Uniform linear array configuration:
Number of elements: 12
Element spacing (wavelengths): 0.25
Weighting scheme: binomial
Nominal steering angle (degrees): -15
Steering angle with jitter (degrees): -16.156
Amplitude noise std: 0.05
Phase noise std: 0.05

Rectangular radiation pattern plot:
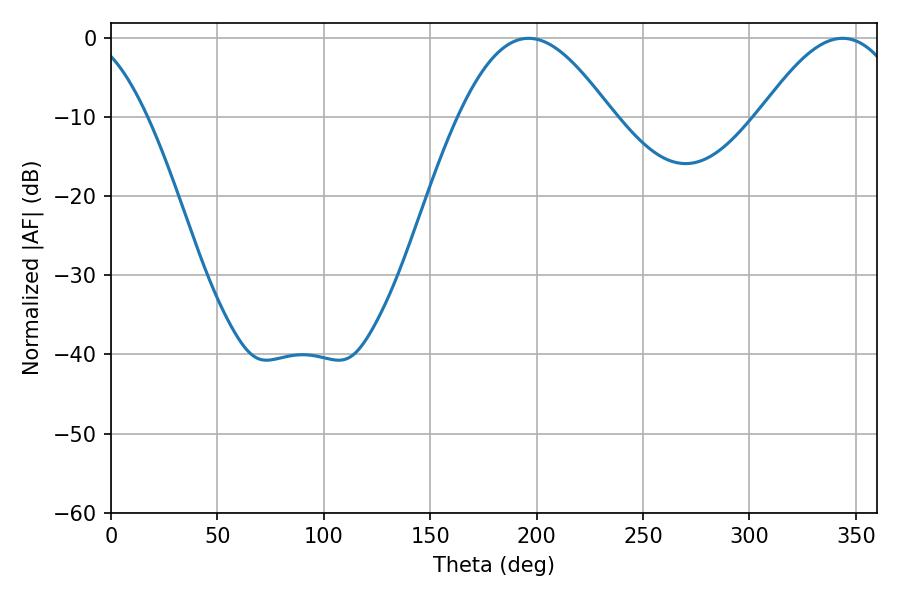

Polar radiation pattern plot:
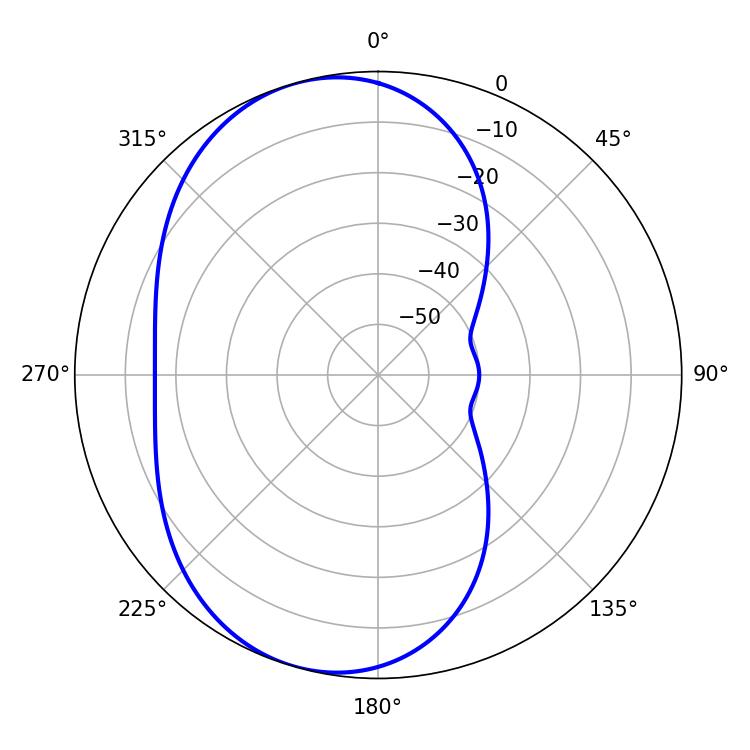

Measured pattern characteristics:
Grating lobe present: FALSE
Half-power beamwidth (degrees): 38.88
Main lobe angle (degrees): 196.2